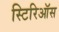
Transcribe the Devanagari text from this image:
स्टिरिऑस